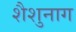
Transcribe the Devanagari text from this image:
शैशुनाग